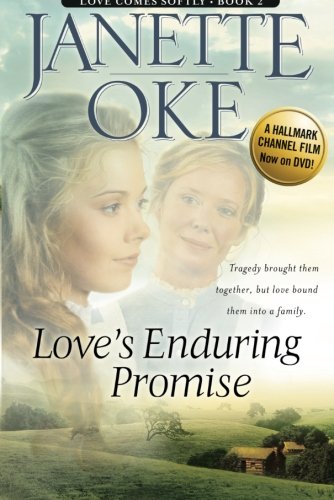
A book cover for Love's Enduring Promise (Love Comes Softly Series #2) (Volume 2); Janette Oke; Romance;